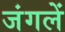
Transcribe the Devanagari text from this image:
जंगलें